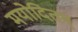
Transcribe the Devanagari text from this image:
मयोदितम्